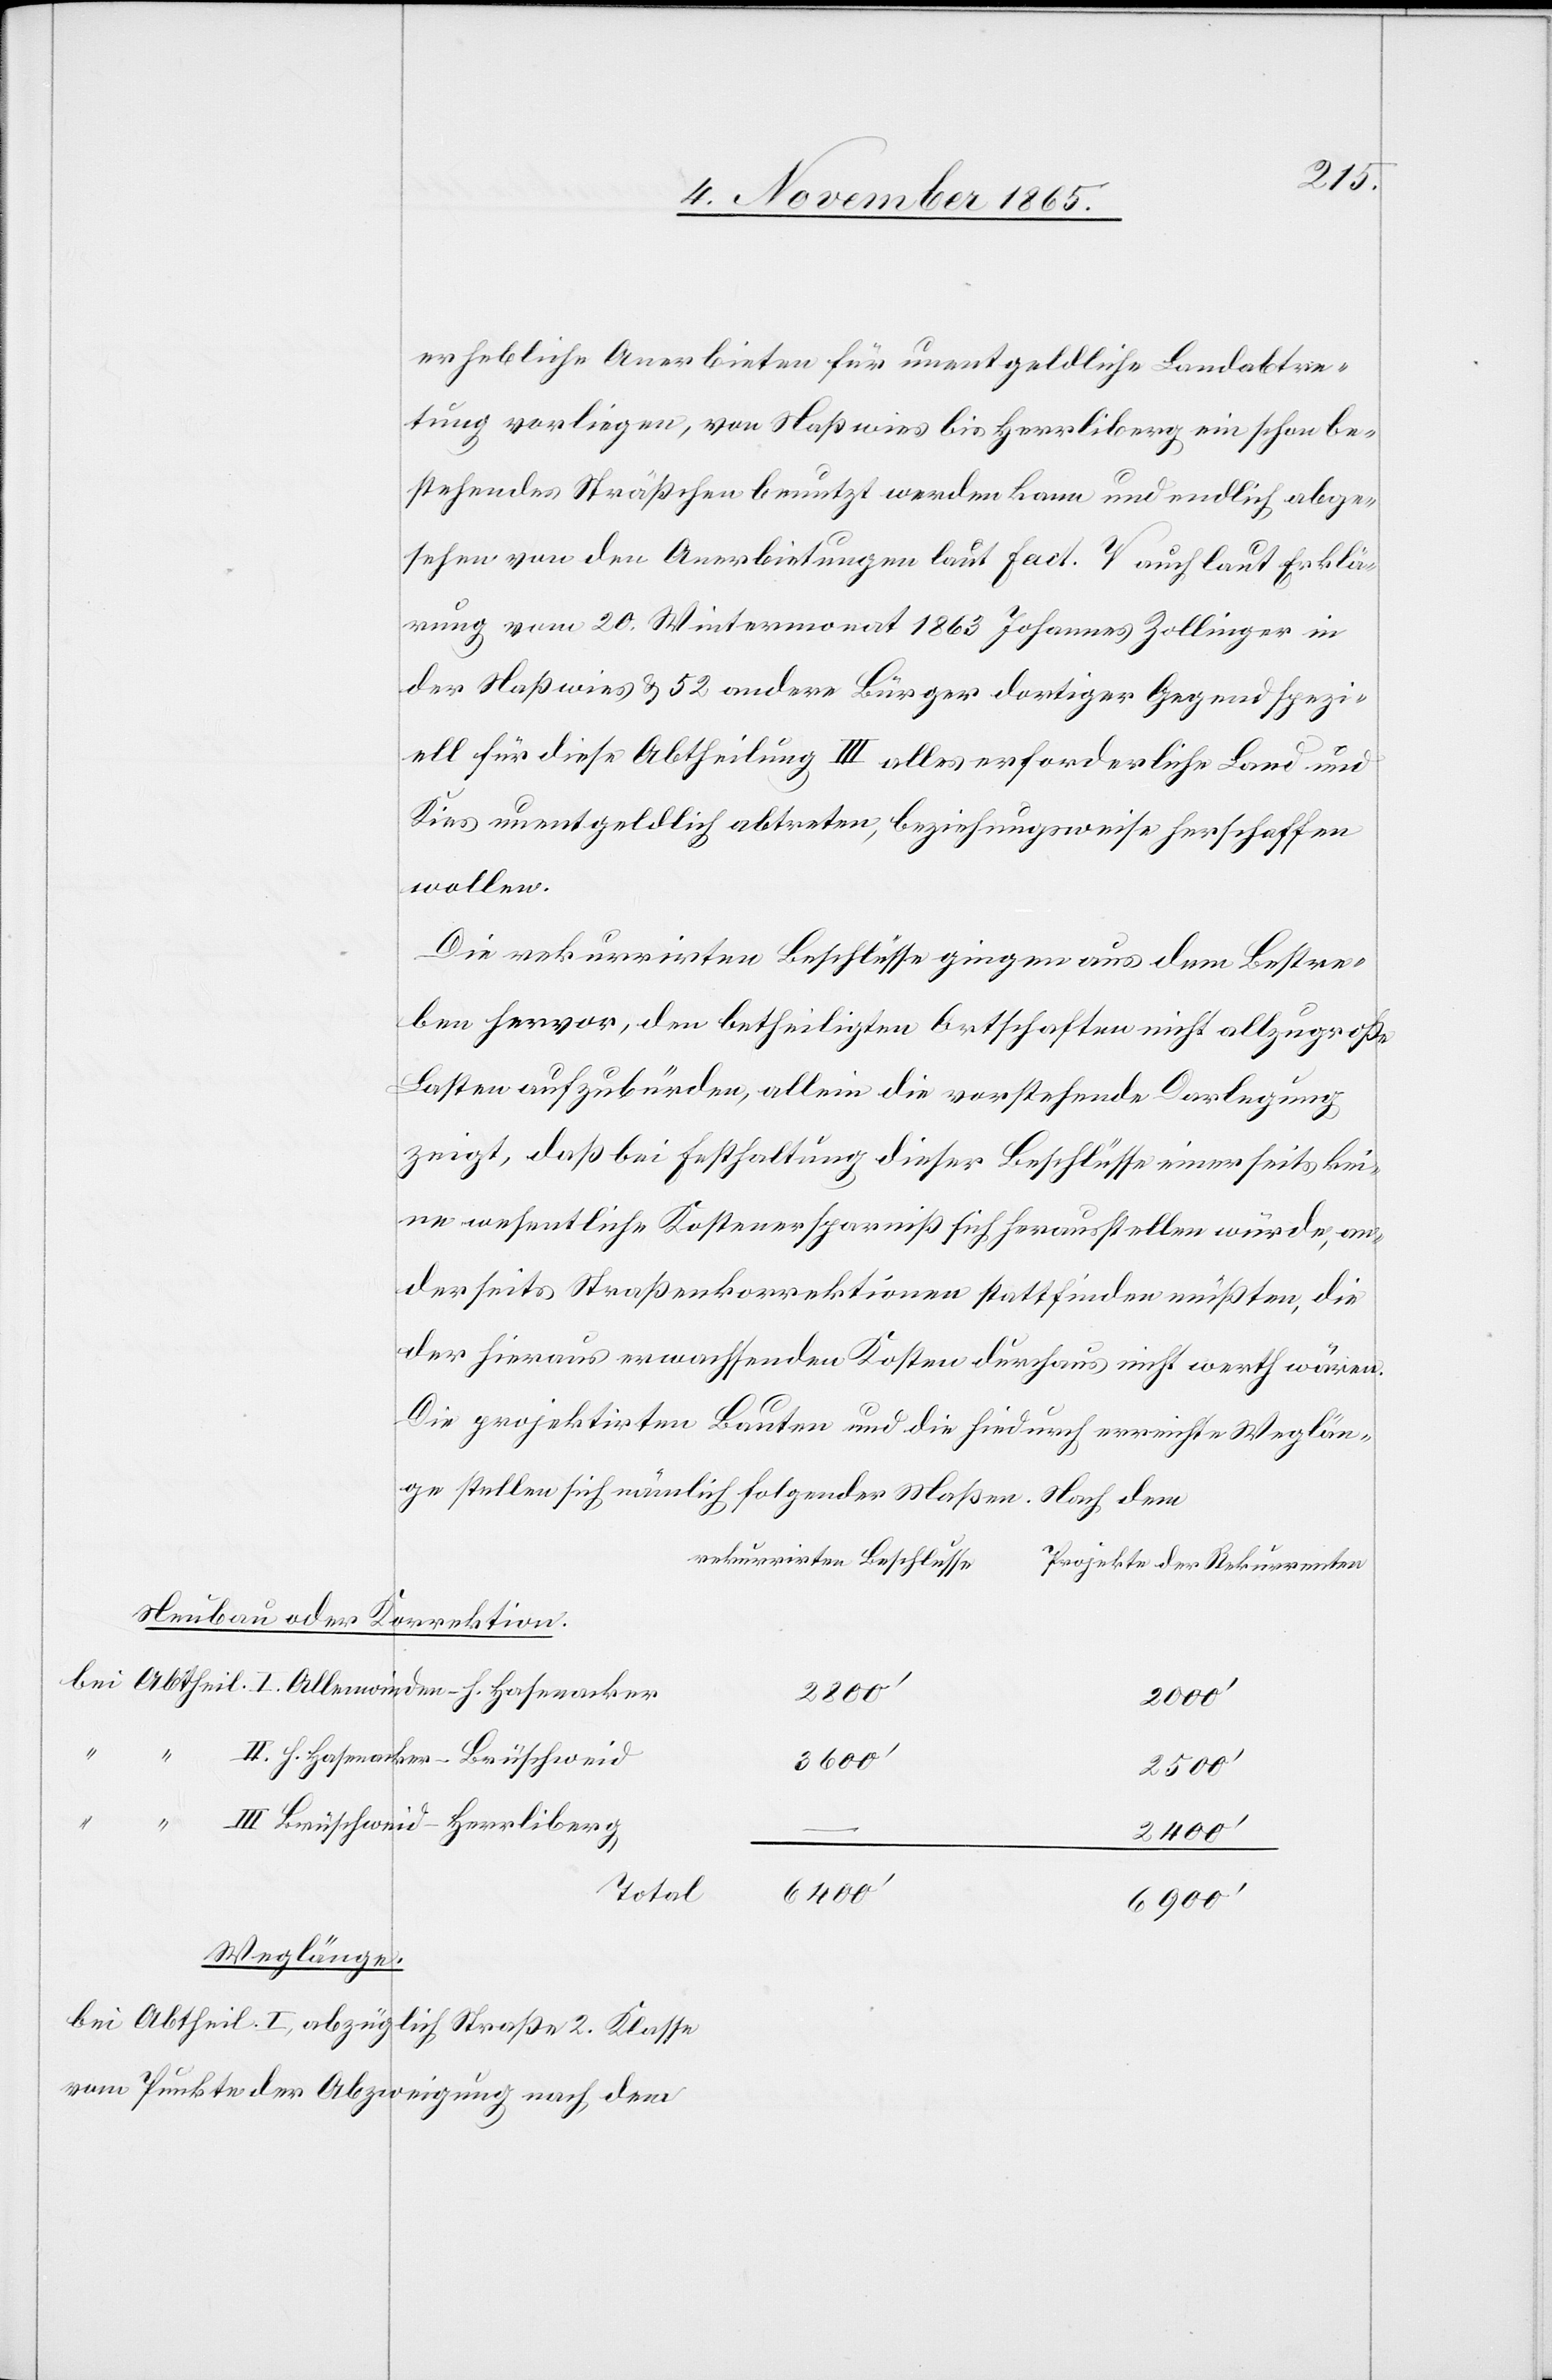
erhebliche Anerbieten für unentgeldliche Landabtre¬
tung vorliegen, und von Naßwies bis Herrliberg ein schon be¬
stehendes Sträßchen benutzt werden kann und endlich abge¬
sehen von den Anerbietungen laut Fact. V auch laut Erklä¬
rung vom 20. Wintermonat 1863 Johannes Zollinger in
der Naßwies & 52 andere Bürger dortiger Gegend spezi¬
ell für diese Abtheilung III alles erforderliche Land und
Kies unentgeldlich abtreten, beziehungsweise herschaffen
wollen.
Die rekurrirten Beschlüsse gingen aus dem Bestre¬
ben hervor, den betheiligten Ortschaften nicht allzugroße
Lasten aufzubürden, allein die vorstehende Darlegung
zeigt, daß bei Festhaltung dieser Beschlüsse einerseits kei¬
ne wesentliche Kostenersparniß sich herausstellen würde, an¬
derseits Straßenkorrektionen stattfinden müßten, die
der hieraus erwachsenden Kosten durchaus nicht werth wären.
Die projektierten Bauten und die hiedurch errichtete Weglän¬
ge stellen sich nämlich folgender Maßen. Nach dem
rekurrirten Beschlusse
Projekt der Rekurrenten
Neubau oder Korrektion.
2800’
2000’
II. h. Hasenacker–Brüschweid
3600’
2500’
“
bei
III. Brüschweid–Herrliberg
2400’
Total
6900’
Weglänge.
bei Abtheil. I, abzüg¬
lich Straße 2. Klasse
vom Punkte der Abzweigung nach dem